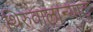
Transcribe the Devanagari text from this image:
थिरुवालान्याटु